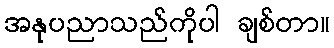
အနုပညာသည်ကိုပါ ချစ်တာ။